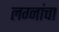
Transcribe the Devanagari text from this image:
लग्नांचा